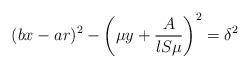
LaTeX: \begin{align*}(bx-ar)^2-\left(\mu y+\frac{A}{lS\mu}\right)^2=\delta^2\end{align*}